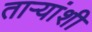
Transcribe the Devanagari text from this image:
ताऱ्यांशी